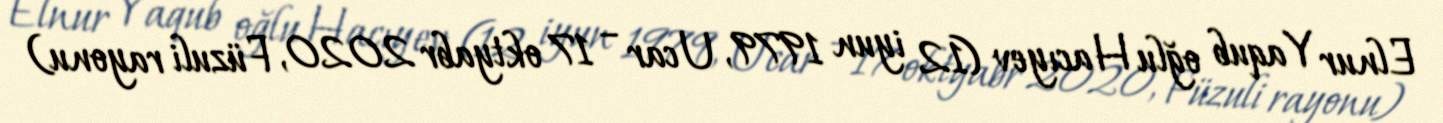
Elnur Yaqub oğlu Hacıyev (12 iyun 1979, Ucar – 17 oktyabr 2020, Füzuli rayonu)